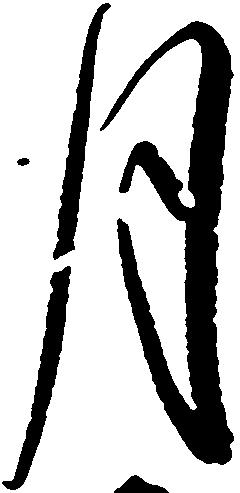
月